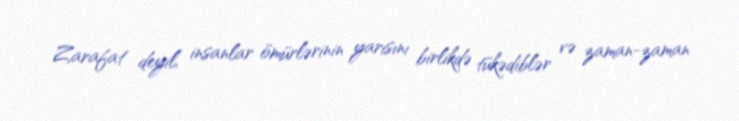
Zarafat deyil, insanlar ömürlərinin yarısını birlikdə tükədiblər və zaman-zaman